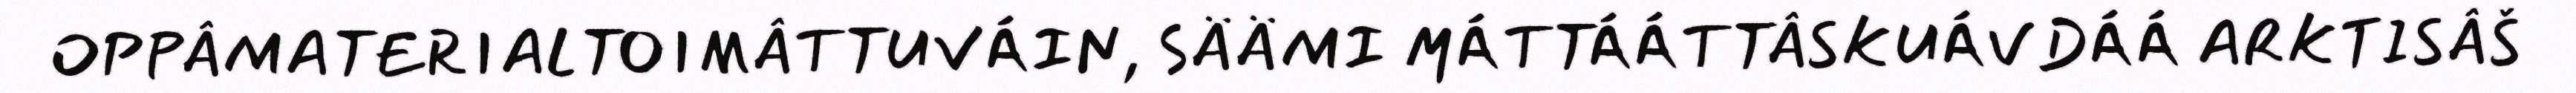
OPPÂMATERIALTOIMÂTTUVÁIN, SÄÄMI MÁTTÁÁTTÂSKUÁVDÁÁ ARKTISÂŠ